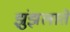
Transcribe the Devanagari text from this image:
झुंझलाते